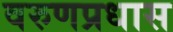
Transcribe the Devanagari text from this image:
वरुणप्रधास